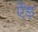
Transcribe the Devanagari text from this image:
ऐंड़